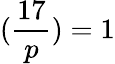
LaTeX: ({\frac{17}{p}})=1